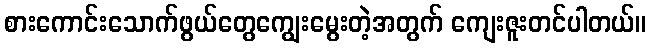
စားကောင်းသောက်ဖွယ်တွေကျွေးမွေးတဲ့အတွက် ကျေးဇူးတင်ပါတယ်။